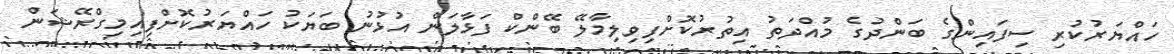
ހައްޔަރުކުރި ސިފައިންގެ ބަންދުގެ މުއްދަތު އިތުރުކޮށްފިވިލިމާލޭ ބޭންކް ފަޅާލަން އުޅުނު ބަޔަކު ހައްޔަރުކޮށްފިއިމިގްރޭޝަން